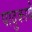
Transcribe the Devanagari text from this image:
पादुकायें